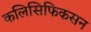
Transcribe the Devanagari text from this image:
कलिसिफिकसन